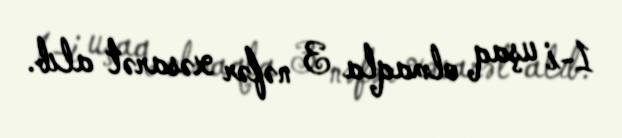
1-i uşaq olmaqla 3 nəfər xəsarət alıb.